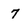
Character: 7